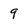
Character: 9